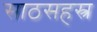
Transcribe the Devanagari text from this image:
साठसहस्त्र